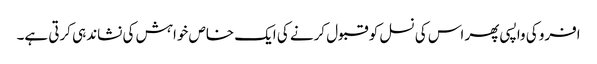
افرو کی واپسی پھر اس کی نسل کو قبول کرنے کی ایک خاص خواہش کی نشاندہی کرتی ہے۔